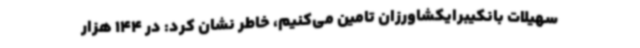
سهیلات بانکیبرایکشاورزان تامین می‌کنیم، خاطر نشان کرد: در 144 هزار